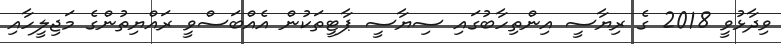
ވިދާޅުވީ 2018 ގެ ރިޔާސީ އިންތިހާބުގައި ސިޔާސީ ޕާޓީތަކުން އެއްބަސްވީ ރައްޔިތުންގެ މަޖިލީހާއި